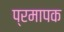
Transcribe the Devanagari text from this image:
प्रमापक